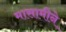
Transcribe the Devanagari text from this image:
मासामीने